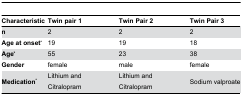
<table><thead><tr><td><b>Characteristic</b></td><td><b>Twin pair 1</b></td><td><b>Twin Pair 2</b></td><td><b>Twin Pair 3</b></td></tr></thead><tbody><tr><td><b>n</b></td><td>2</td><td>2</td><td>2</td></tr><tr><td><b>Age at onset<sup>a</sup></b></td><td>19</td><td>19</td><td>18</td></tr><tr><td><b>Age<sup>b</sup></b></td><td>55</td><td>23</td><td>38</td></tr><tr><td><b>Gender</b></td><td>female</td><td>male</td><td>female</td></tr><tr><td><b>Medication<sup>a</sup></b></td><td>Lithium and Citralopram</td><td>Lithium and Citralopram</td><td>Sodium valproate</td></tr></tbody></table>